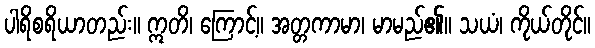
ပါရိစရိယာတည်း။ ဣတိ၊ ကြောင့်။ အတ္တကာမာ၊ မာမည်၏။ သယံ၊ ကိုယ်တိုင်။